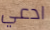
ادعي